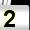
Digit: 2